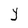
Character: Y